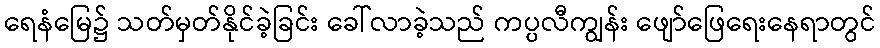
ရေနံမြေ၌ သတ်မှတ်နိုင်ခဲ့ခြင်း ခေါ်လာခဲ့သည် ကပ္ပလီကျွန်း ဖျော်ဖြေရေးနေရာတွင်